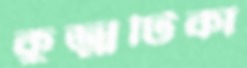
কুজ্ঝটিকা